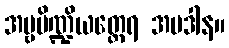
အမ္ဗပိဏ္ဍိယတ္ထေရ အပဒါန။